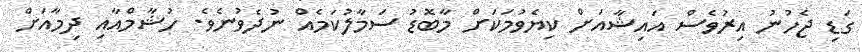
ގަޑި ޖެހުނު އިރުވެސް އައިޝާއަށް ކިޔެވުމަކަށް މާބޮޑު ސަމާލުކަމެއް ނުދެވުނެވެ. ހުޝާމްއާއި ދިމާއަށް